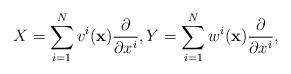
LaTeX: \begin{align*}X=\sum_{i=1}^N v^i({\bf x})\frac{\partial}{\partial x^i}, Y=\sum_{i=1}^N w^i({\bf x})\frac{\partial}{\partial x^i}, \end{align*}